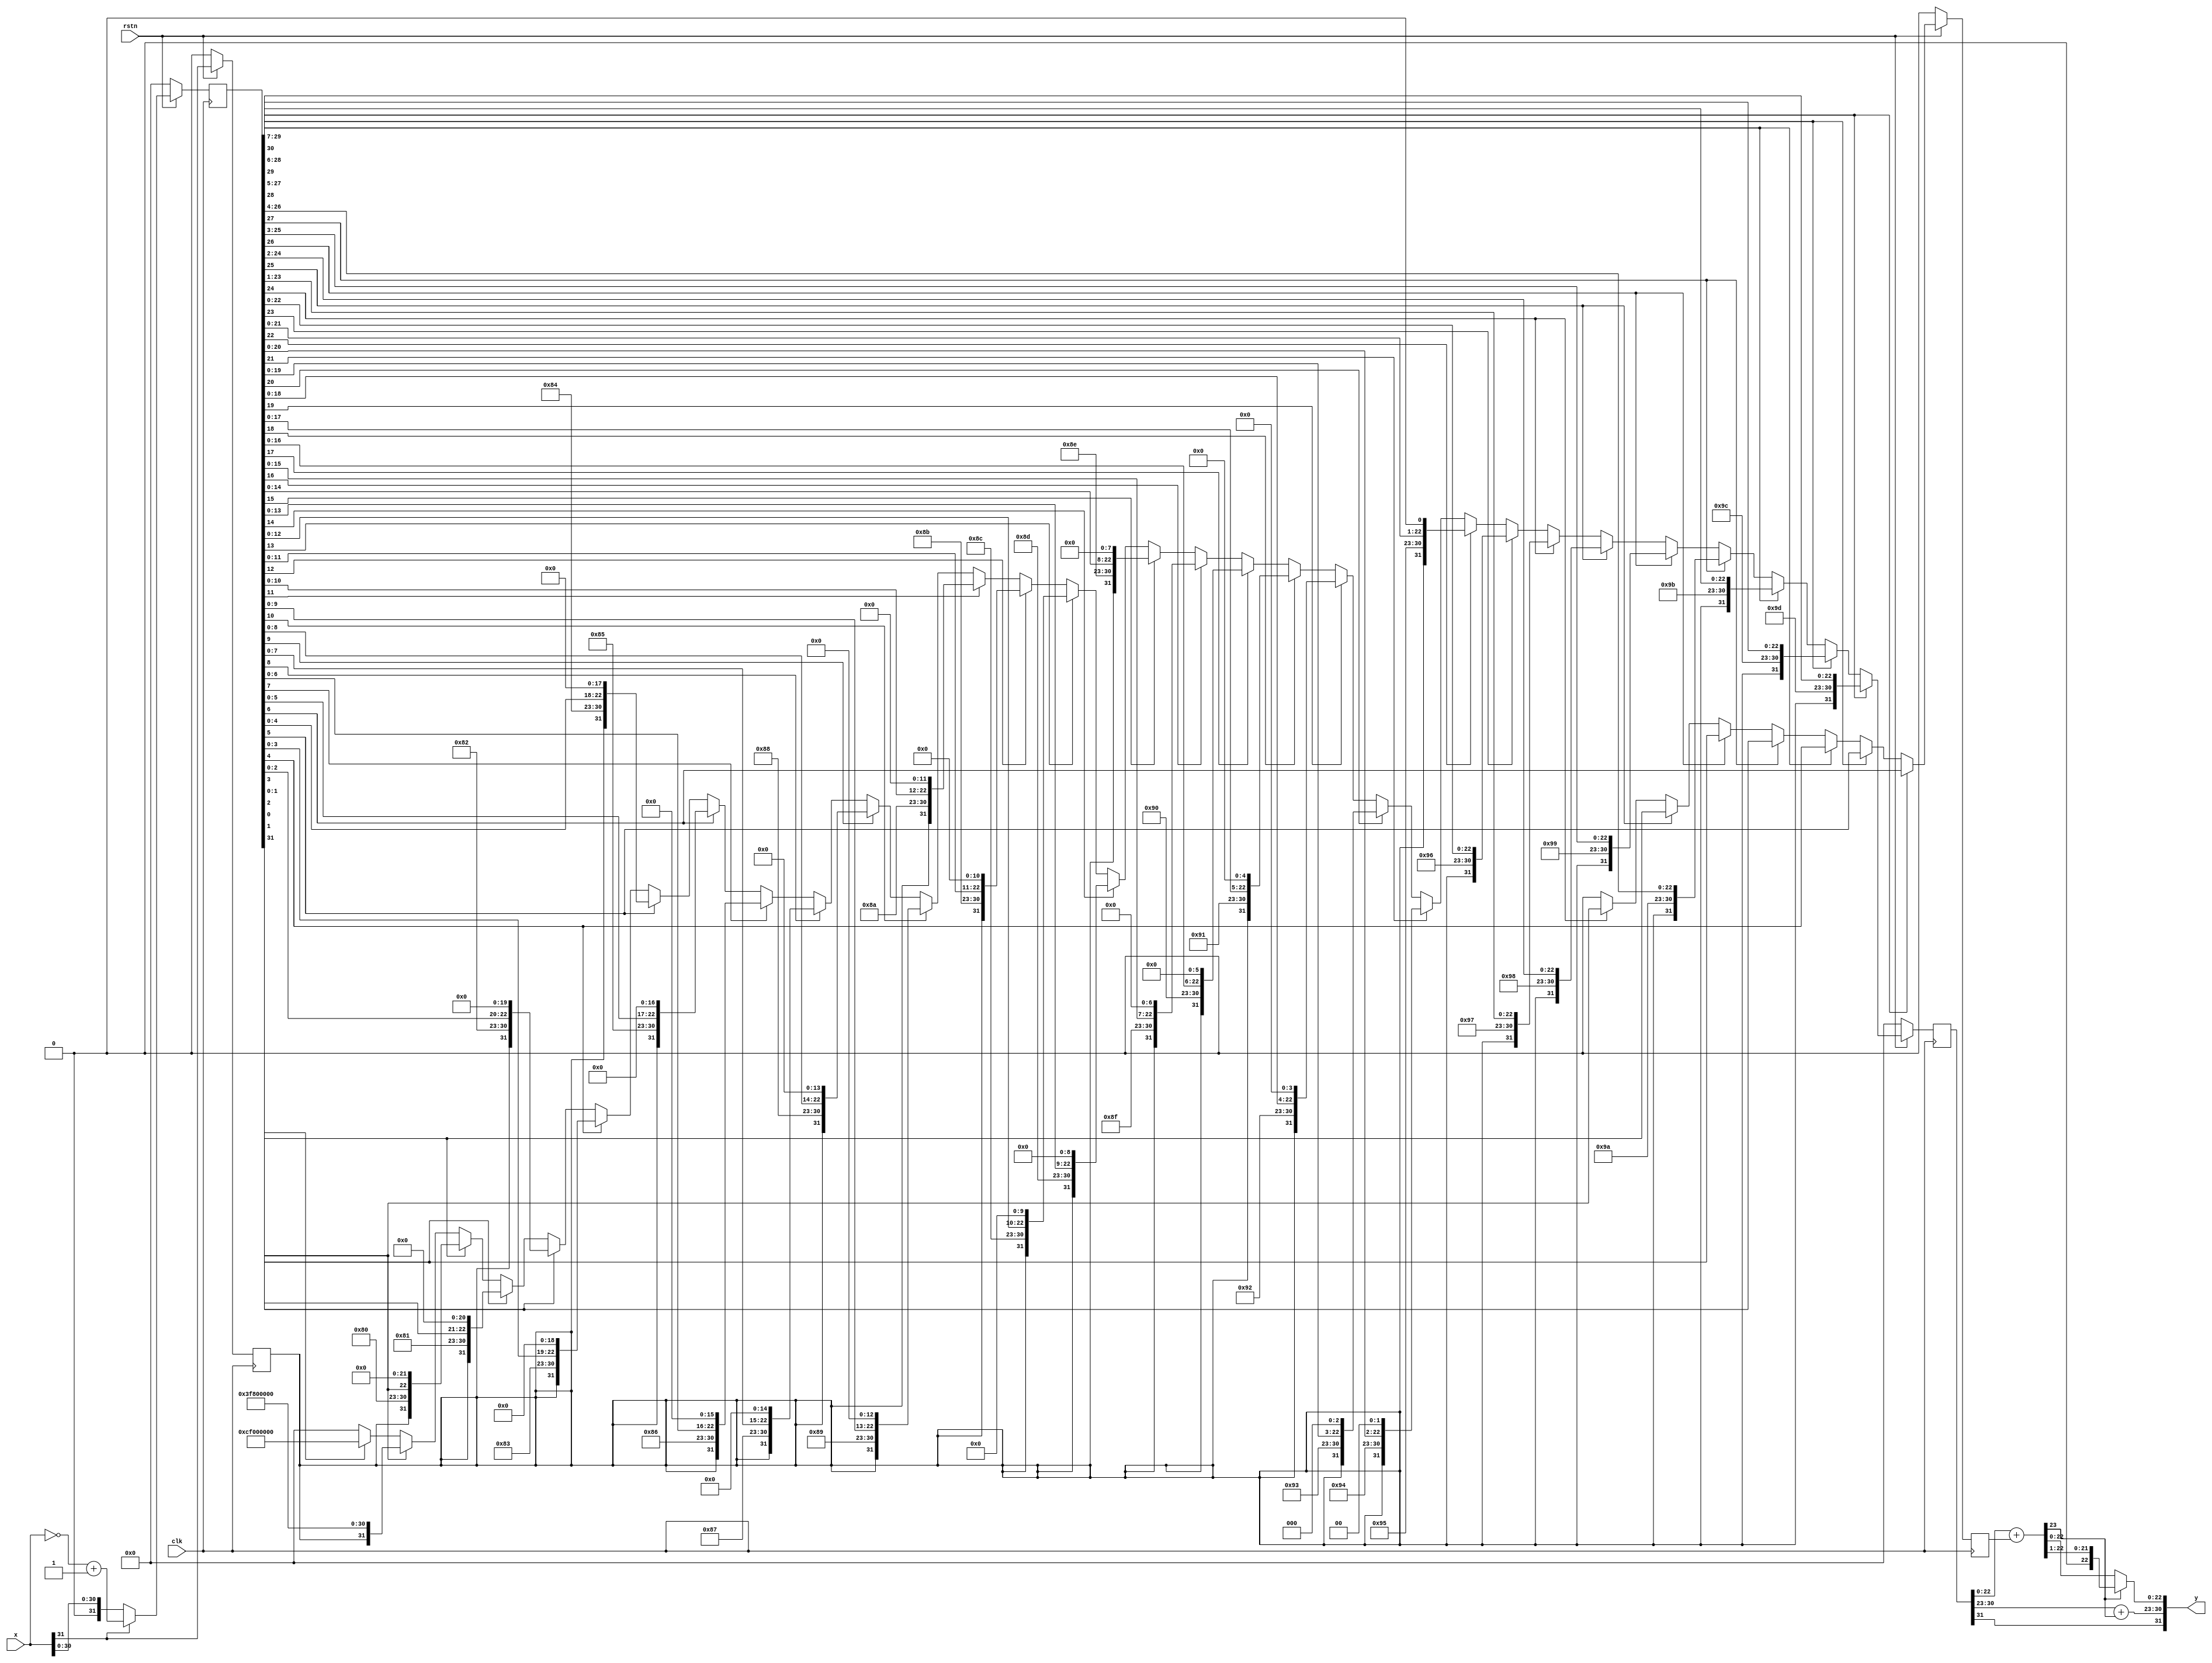
`default_nettype none
module itof #(parameter NSTAGE = 2) (
    input wire [31:0] x,
    output wire [31:0] y,
    input wire clk,
    input wire rstn);

// stage = 0 (x -> absx)

wire s = x[31];     // signx=x[31]

wire [31:0] absx = (s == 0) ? x : (~x) + 1'b1;      // 1000...01000...0

// stage = 1 (sr, absxr -> yni, inc)

reg sr;
reg [31:0] absxr;

wire [31:0] yni =   (absxr[30] == 1) ? {sr, 8'b10011101, absxr[29:7]} :
                    (absxr[29] == 1) ? {sr, 8'b10011100, absxr[28:6]} :
                    (absxr[28] == 1) ? {sr, 8'b10011011, absxr[27:5]} :
                    (absxr[27] == 1) ? {sr, 8'b10011010, absxr[26:4]} :
                    (absxr[26] == 1) ? {sr, 8'b10011001, absxr[25:3]} :
                    (absxr[25] == 1) ? {sr, 8'b10011000, absxr[24:2]} :
                    (absxr[24] == 1) ? {sr, 8'b10010111, absxr[23:1]} :
                    (absxr[23] == 1) ? {sr, 8'b10010110, absxr[22:0]} :
                    (absxr[22] == 1) ? {sr, 8'b10010101, absxr[21:0], 1'b0} :
                    (absxr[21] == 1) ? {sr, 8'b10010100, absxr[20:0], 2'b0} :
                    (absxr[20] == 1) ? {sr, 8'b10010011, absxr[19:0], 3'b0} :
                    (absxr[19] == 1) ? {sr, 8'b10010010, absxr[18:0], 4'b0} :
                    (absxr[18] == 1) ? {sr, 8'b10010001, absxr[17:0], 5'b0} :
                    (absxr[17] == 1) ? {sr, 8'b10010000, absxr[16:0], 6'b0} :
                    (absxr[16] == 1) ? {sr, 8'b10001111, absxr[15:0], 7'b0} :
                    (absxr[15] == 1) ? {sr, 8'b10001110, absxr[14:0], 8'b0} :
                    (absxr[14] == 1) ? {sr, 8'b10001101, absxr[13:0], 9'b0} :
                    (absxr[13] == 1) ? {sr, 8'b10001100, absxr[12:0], 10'b0} :
                    (absxr[12] == 1) ? {sr, 8'b10001011, absxr[11:0], 11'b0} :
                    (absxr[11] == 1) ? {sr, 8'b10001010, absxr[10:0], 12'b0} :
                    (absxr[10] == 1) ? {sr, 8'b10001001, absxr[9:0], 13'b0} :
                    (absxr[9] == 1) ? {sr, 8'b10001000, absxr[8:0], 14'b0} :
                    (absxr[8] == 1) ? {sr, 8'b10000111, absxr[7:0], 15'b0} :
                    (absxr[7] == 1) ? {sr, 8'b10000110, absxr[6:0], 16'b0} :
                    (absxr[6] == 1) ? {sr, 8'b10000101, absxr[5:0], 17'b0} :
                    (absxr[5] == 1) ? {sr, 8'b10000100, absxr[4:0], 18'b0} :
                    (absxr[4] == 1) ? {sr, 8'b10000011, absxr[3:0], 19'b0} :
                    (absxr[3] == 1) ? {sr, 8'b10000010, absxr[2:0], 20'b0} :
                    (absxr[2] == 1) ? {sr, 8'b10000001, absxr[1:0], 21'b0} :
                    (absxr[1] == 1) ? {sr, 8'b10000000, absxr[0], 22'b0} :
                    (absxr[0] == 1) ? {sr, 8'b01111111, 23'b0} : 
                    (absxr[31] == 1) ? {1'b1, 8'b10011110, 23'b0} : 32'b0;

// 1/2ulp1((ulp)1/2)
wire inc =  (absxr[30] == 1) ? absxr[6] :
            (absxr[29] == 1) ? absxr[5] :
            (absxr[28] == 1) ? absxr[4] :
            (absxr[27] == 1) ? absxr[3] :
            (absxr[26] == 1) ? absxr[2] :
            (absxr[25] == 1) ? absxr[1] :
            (absxr[24] == 1) ? absxr[0] : 1'b0;

// stage = 2 (ynir, incr -> y)

reg [31:0] ynir;
reg incr;

wire [23:0] mp = ynir[22:0] + incr;
wire [8:0] ep = /*(ynir == 8'b0) ? ((mp[23]) ? 9'b001111111 : 9'b0) : */ynir[30:23] + mp[23];

wire ys = ynir[31];
wire [7:0] ye = ep[7:0];
wire [22:0] ym = (mp[23]) ? {1'b0, mp[22:1]} : mp[22:0];

always @(posedge clk) begin
    if(~rstn) begin
        sr <= 'b0;
        absxr <= 'b0;
        ynir <= 'b0;
        incr <= 'b0;
    end else begin
        sr <= s;
        absxr <= absx;
        ynir <= yni;
        incr <= inc;
    end
end

assign y = {ys, ye, ym};

endmodule
`default_nettype wire